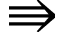
\Rrightarrow